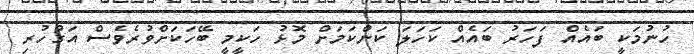
ހުނުމަކީ ބައެއް ފަހަރު ބައެއް ކަހަލަ ކަންކަމަށް މޮޅު ހަކީމީ ބޭހަކަށްވުރެވެސް އަގުހުރި